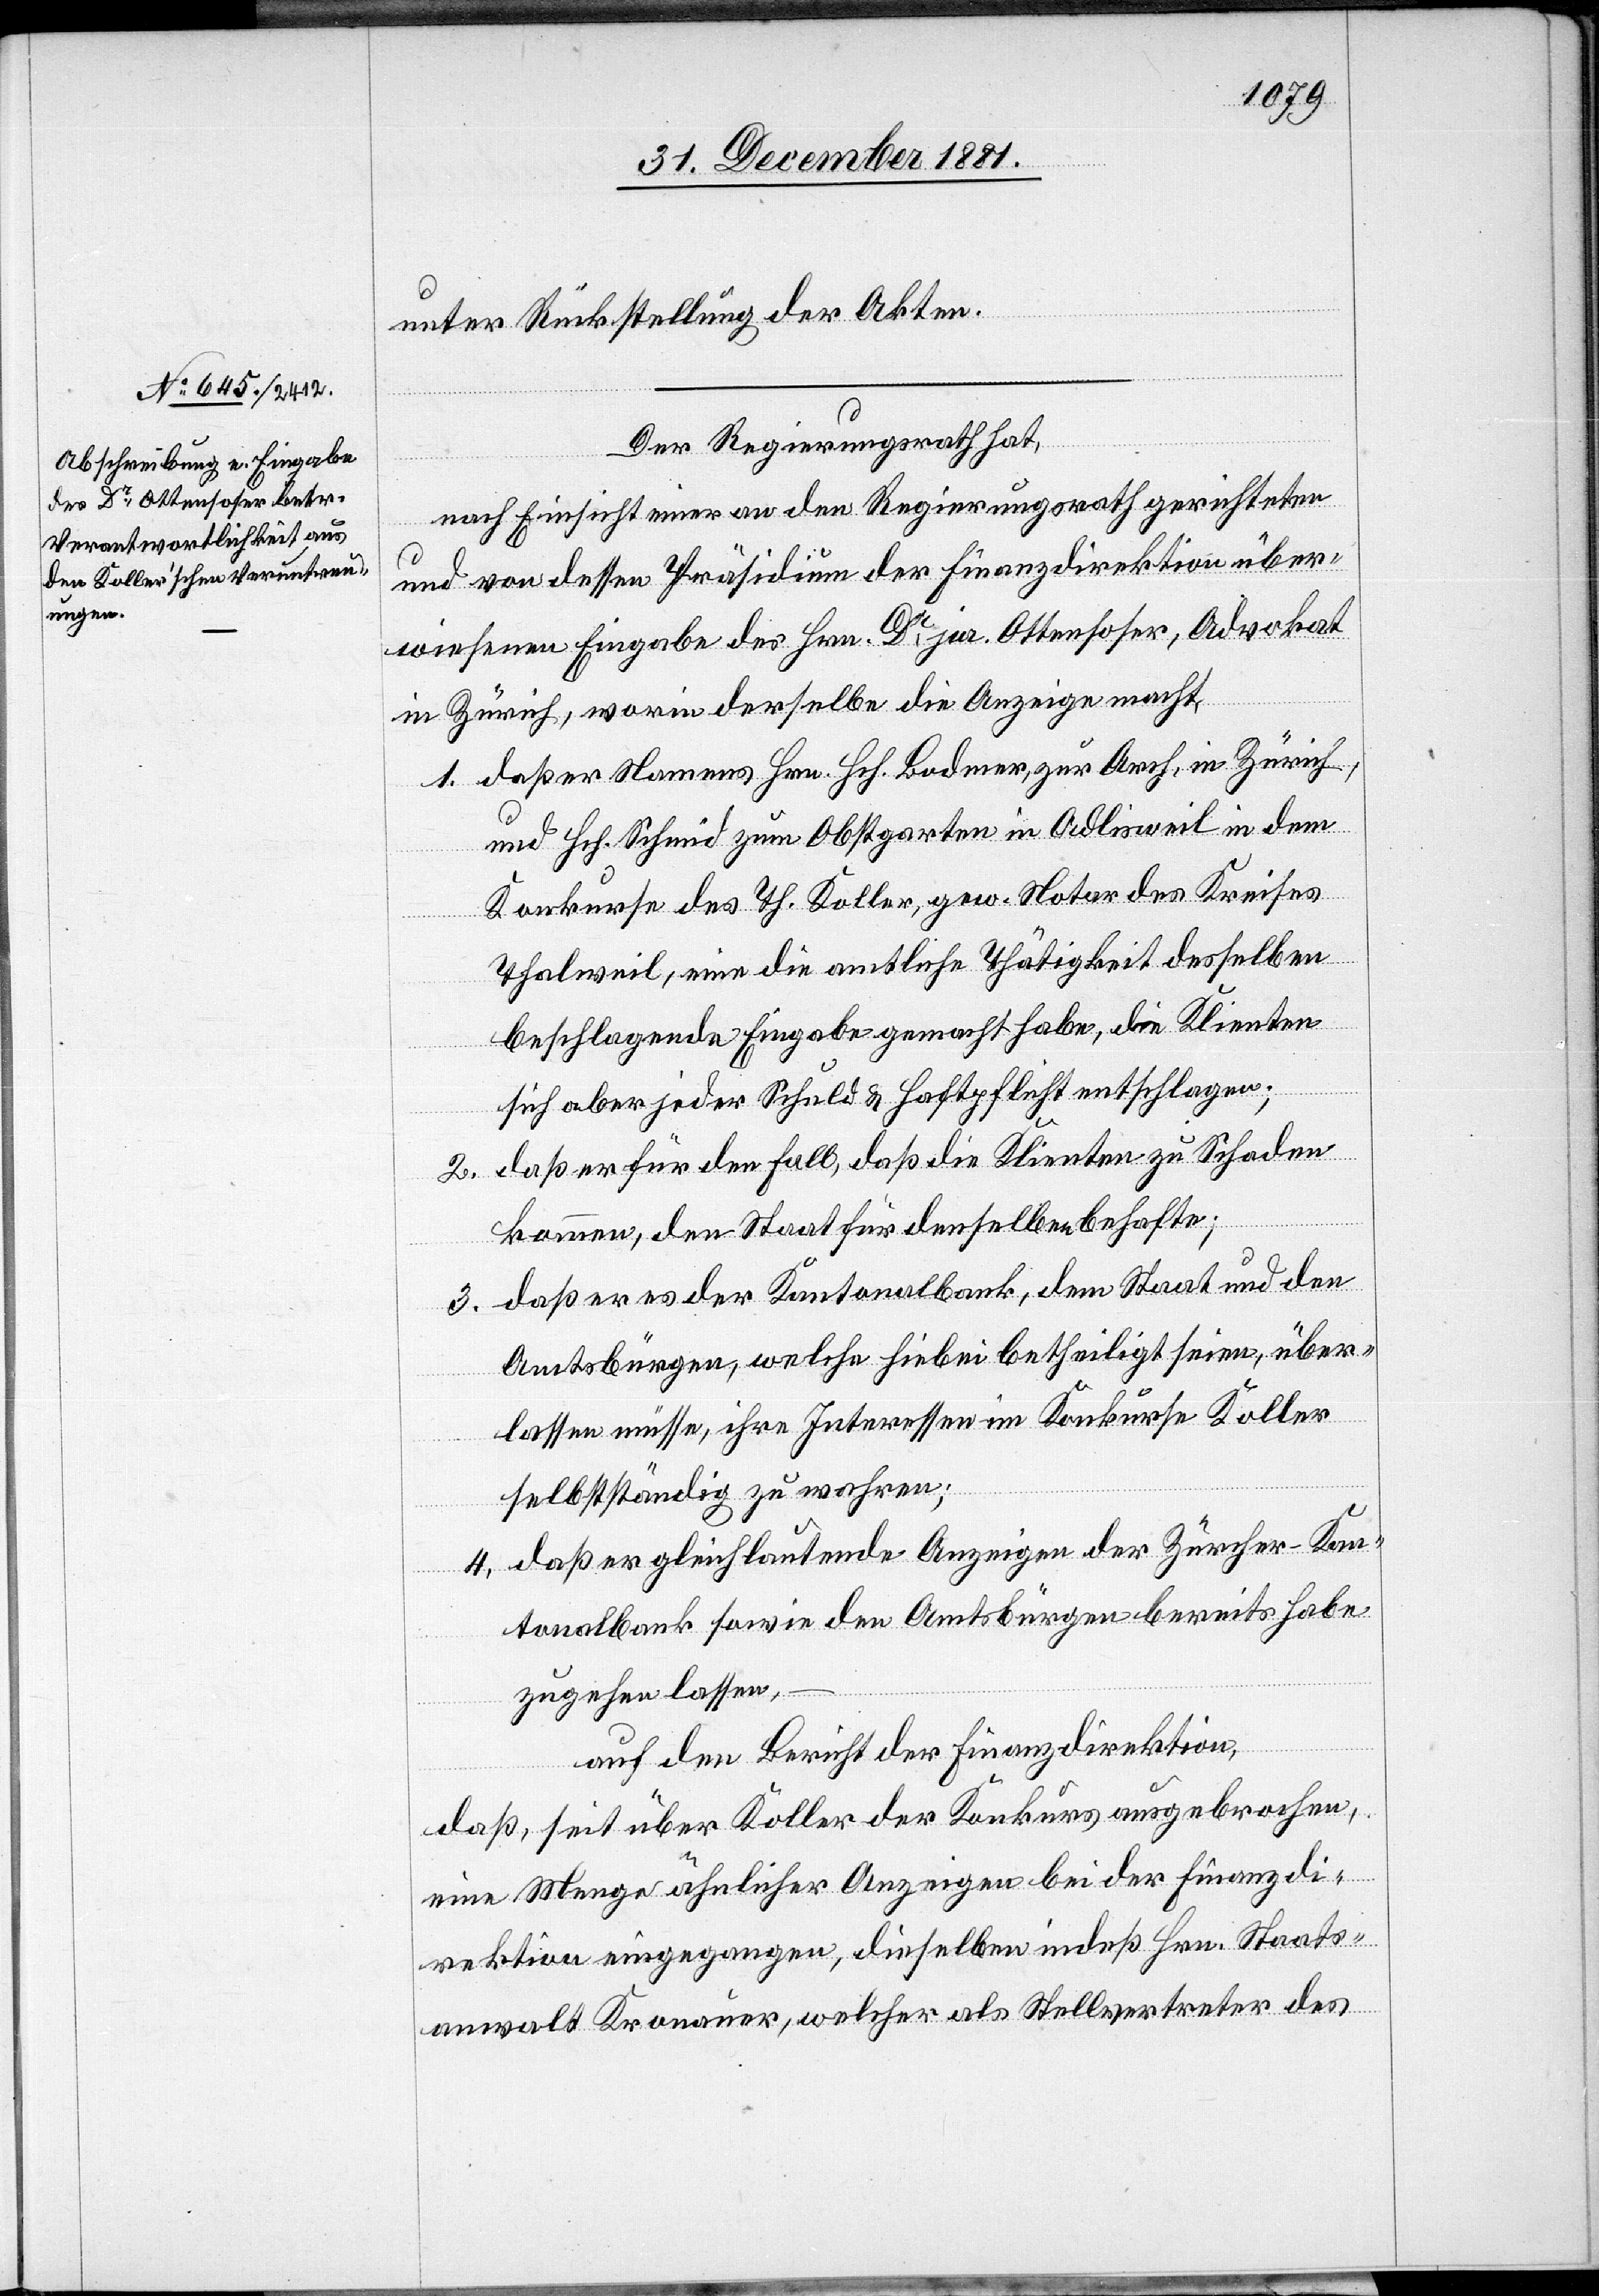
unter Rücksendung der Akten.
Der Regierungsrath hat,
nach Einsicht einer an den Regierungsrath gerichteten
und von dessen Präsidium der Finanzdirektion über¬
wiesenen Eingabe des Hrn. Dr jur. Ottensoser, Advokat
in Zürich, worin derselbe die Anzeige macht,
1. daß er Namens Hrn. Hch. Bodmer, zur Arch, in Zürich,
und Hch. Schmid zum Obstgarten in Adlisweil in dem
Konkurse des Th. Koller, gew. Notar des Kreises
Thalweil, eine die amtliche Thätigkeit desselben
beschlagende Eingabe gemacht habe, die Klienten
sich aber jeder Schuld & Haftpflicht entschlagen;
daß er für den Fall, daß die Klienten zu Schaden
2.
kommen, den Staat für denselben behafte;
daß er es der Kantonalbank, dem Staat und den
3.
Amtsbürgen, welche hiebei betheiligt seien, über¬
lassen müsse, ihre Interessen im Konkurse Koller
selbstständig zu wahren;
daß er gleichlautende Anzeigen der Zürcher-Kan¬
4.
tonalbank sowie den Amtsbürgen bereits habe
zugehen lassen,
auf den Bericht der Finanzdirektion,
daß, seit über Koller der Konkurse ausgebrochen,
eine Menge ähnlicher Anzeigen bei der Finanzdi¬
rektion eingegangen, dieselben indeß Hrn. Staats¬
anwalt Kronauer, welcher als Stellvertreter des